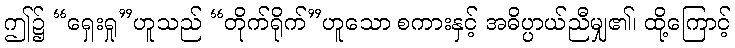
ဤ၌ “ရှေးရှု”ဟူသည် “တိုက်ရိုက်”ဟူသော စကားနှင့် အဓိပ္ပာယ်ညီမျှ၏၊ ထို့ကြောင့်